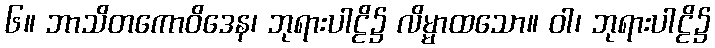
၆။ ဘာသိတကောဝိဒေန၊ ဘုရားပါဠိ၌ လိမ္မာထသော။ ဝါ၊ ဘုရားပါဠိ၌